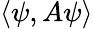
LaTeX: \langle\psi,A\psi\rangle